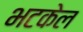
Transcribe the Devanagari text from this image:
भटकेल